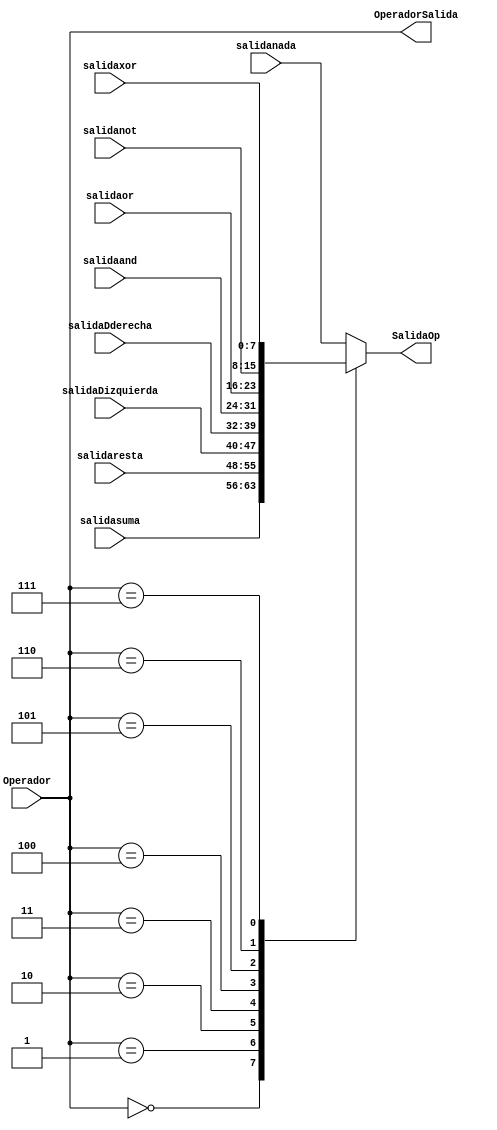
`timescale 1ns / 1ps
//////////////////////////////////////////////////////////////////////////////////
// Company: 
// Engineer: 
// 
// Design Name: 
// Module Name: Mux_ALU
// Project Name: 
// Target Devices: 
// Tool Versions: 
// Description: 
// 
// Dependencies: 
// 
// Revision:
// Revision 0.01 - File Created
// Additional Comments:
// 
//////////////////////////////////////////////////////////////////////////////////

module Mux_ALU#(parameter N=8)(
    input[N-1:0]salidasuma,
    input[N-1:0]salidaresta,
    input[N-1:0]salidaDizquierda,
    input[N-1:0]salidaDderecha,
    input[N-1:0]salidanot,
    input[N-1:0]salidaand,
    input[N-1:0]salidaor,
    input[N-1:0]salidaxor,
    input[N-1:0]salidanada,
    input[3:0] Operador,
    output[3:0] OperadorSalida,
    output reg [N-1:0] SalidaOp

    );
    reg anterior;
    assign OperadorSalida=Operador;
    always@(*)
    case (Operador)
        4'b0000: SalidaOp <= salidasuma;
        4'b0001: SalidaOp <= salidaresta;
        4'b0010: SalidaOp <= salidaDizquierda;
        4'b0011: SalidaOp <= salidaDderecha;
        4'b0100: SalidaOp <= salidaand;
        4'b0101: SalidaOp <= salidaor;
        4'b0110: SalidaOp <= salidanot;
        4'b0111: SalidaOp <= salidaxor;
        4'b1111: SalidaOp <= salidanada;
        default: SalidaOp <= salidanada;
    endcase
    
endmodule